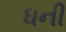
ધની